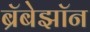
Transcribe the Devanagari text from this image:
ब्रॅबेझॉन